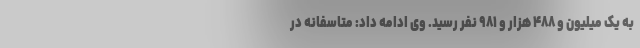
به یک میلیون و ۴۸۸ هزار و ۹۸۱ نفر رسید. وی ادامه داد: متاسفانه در